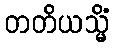
တတိယသ္မိံ